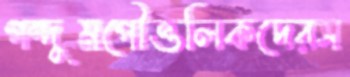
গন্দুমপৌত্তলিকদেরস